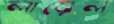
লায়েল